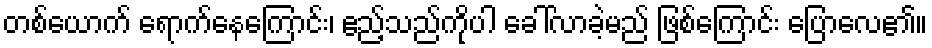
တစ်ယောက် ရောက်နေကြောင်း၊ ဧည့်သည်ကိုပါ ခေါ်လာခဲ့မည် ဖြစ်ကြောင်း ပြောလေ၏။